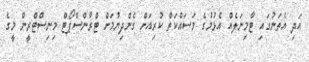
އަދި އެތަނުގައި ޓާމިނަލެއް އެޅުމުގެ މަސައްކަތް ކުރިއަށް ގެންދިޔުމަށް ޓްރާންސްޕޯޓް މިނިސްޓްރީން މީގެ